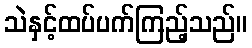
သဲနှင့်ထပ်ပက်ကြည့်သည်။